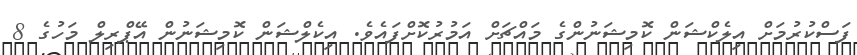
ފަސްކުރުމަށް އިލެކްޝަން ކޮމިޝަނުންގެ މައްޗަށް އަމުރުކޮށްފައެވެ. އިކެލްޝަން ކޮމިޝަނުން އޭޕްރިލް މަހުގެ 8